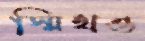
স্মিথও